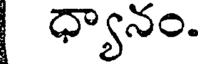
ధ్యానం.